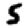
Digit: 5